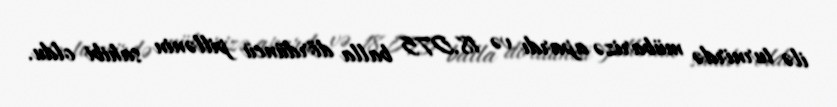
ilə turnirdə mübarizə apardı və 18.075 balla dördüncü pillənin sahibi oldu.